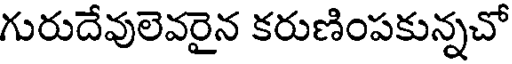
గురుదేవులెవరైన కరుణింపకున్నచో